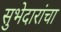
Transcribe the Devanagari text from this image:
सुभेदारांचा